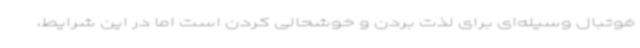
فوتبال وسیله‌ای برای لذت بردن و خوشحالی کردن است اما در این شرایط،